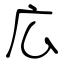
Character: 広